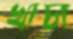
খাচা